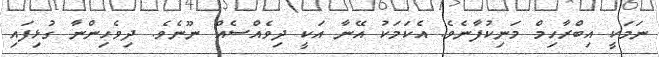
ނަމަކީ އިބްރާހިމް މަނިކުފާނެވެ. އެކަމަކު އޭނާ އަކީ ދިވެއްސެއް ނޫނެވެ. ދިވެހިންނާ ގުޅިފައި